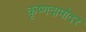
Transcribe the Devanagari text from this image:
कृष्णदामोदर